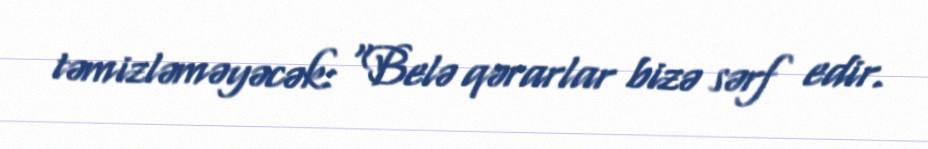
təmizləməyəcək: “Belə qərarlar bizə sərf edir.